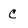
Character: c